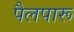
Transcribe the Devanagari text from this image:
पैलपारू